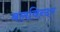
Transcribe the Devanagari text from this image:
बलविन्दर